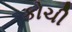
કોચી